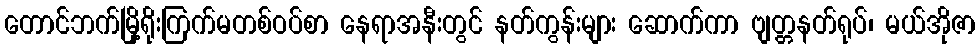
တောင်ဘက်မြို့ရိုးကြက်မတစ်ဝပ်စာ နေရာအနီးတွင် နတ်ကွန်းများ ဆောက်ကာ ဗျတ္တနတ်ရုပ်၊ မယ်အိုဇာ